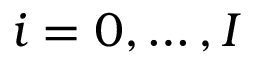
i = 0 , \dots , I